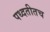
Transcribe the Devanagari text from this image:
पध्दतीतच